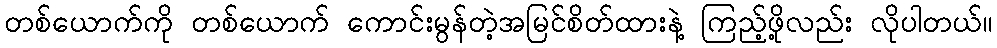
တစ်ယောက်ကို တစ်ယောက် ကောင်းမွန်တဲ့အမြင်စိတ်ထားနဲ့ ကြည့်ဖို့လည်း လိုပါတယ်။